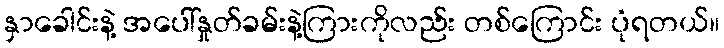
နှာခေါင်းနဲ့ အပေါ်နှုတ်ခမ်းနဲ့ကြားကိုလည်း တစ်ကြောင်း ပုံရတယ်။